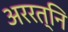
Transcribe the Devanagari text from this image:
अररत्नि